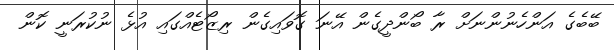
ބޭބެގެ އަންހެނުންނަށް ރާ ބޯންދީގެން އޭނަ ގޮވައިގެން ރިޒޯޓެއްގައި އުޅެ ނުކުރަނީ ކޮން